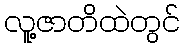
လူ့ဇာတိထဲတွင်